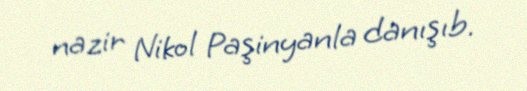
nazir Nikol Paşinyanla danışıb.